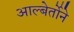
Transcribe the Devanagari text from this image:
आल्बेर्तोने